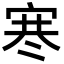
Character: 𪧑